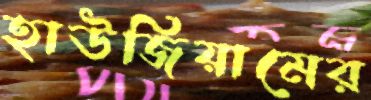
হাউজিয়ামের